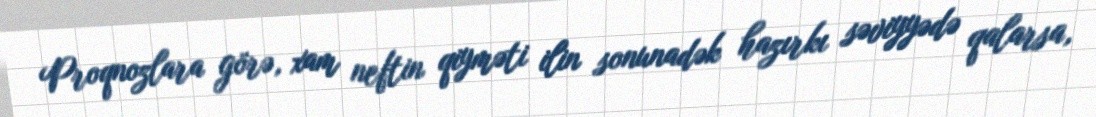
Proqnozlara görə, xam neftin qiyməti ilin sonunadək hazırkı səviyyədə qalarsa,